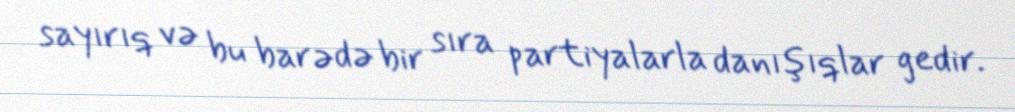
sayırıq və bu barədə bir sıra partiyalarla danışıqlar gedir.